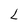
Character: L